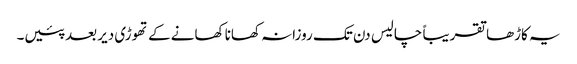
یہ کاڑھا تقریباً چالیس دن تک روزانہ کھانا کھانے کے تھوڑی دیر بعد پئیں۔